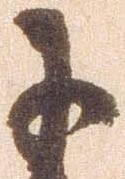
于